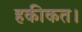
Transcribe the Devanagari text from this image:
हकीकत।